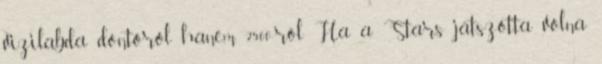
vizilabda döntőről hanem 2500-ról Ha a Stars játszotta volna